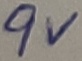
Text: 9V